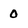
Character: 0